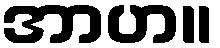
အာဟ။